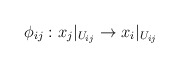
\begin{align*}\phi _{ij}:x_j|_{U_{ij}}\rightarrow x_i|_{U_{ij}}\end{align*}